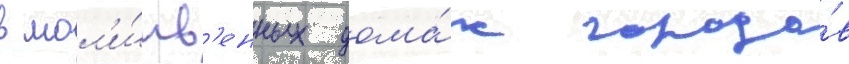
в мол'и́тв'енных дома́х городо́в